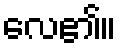
လေ၏။